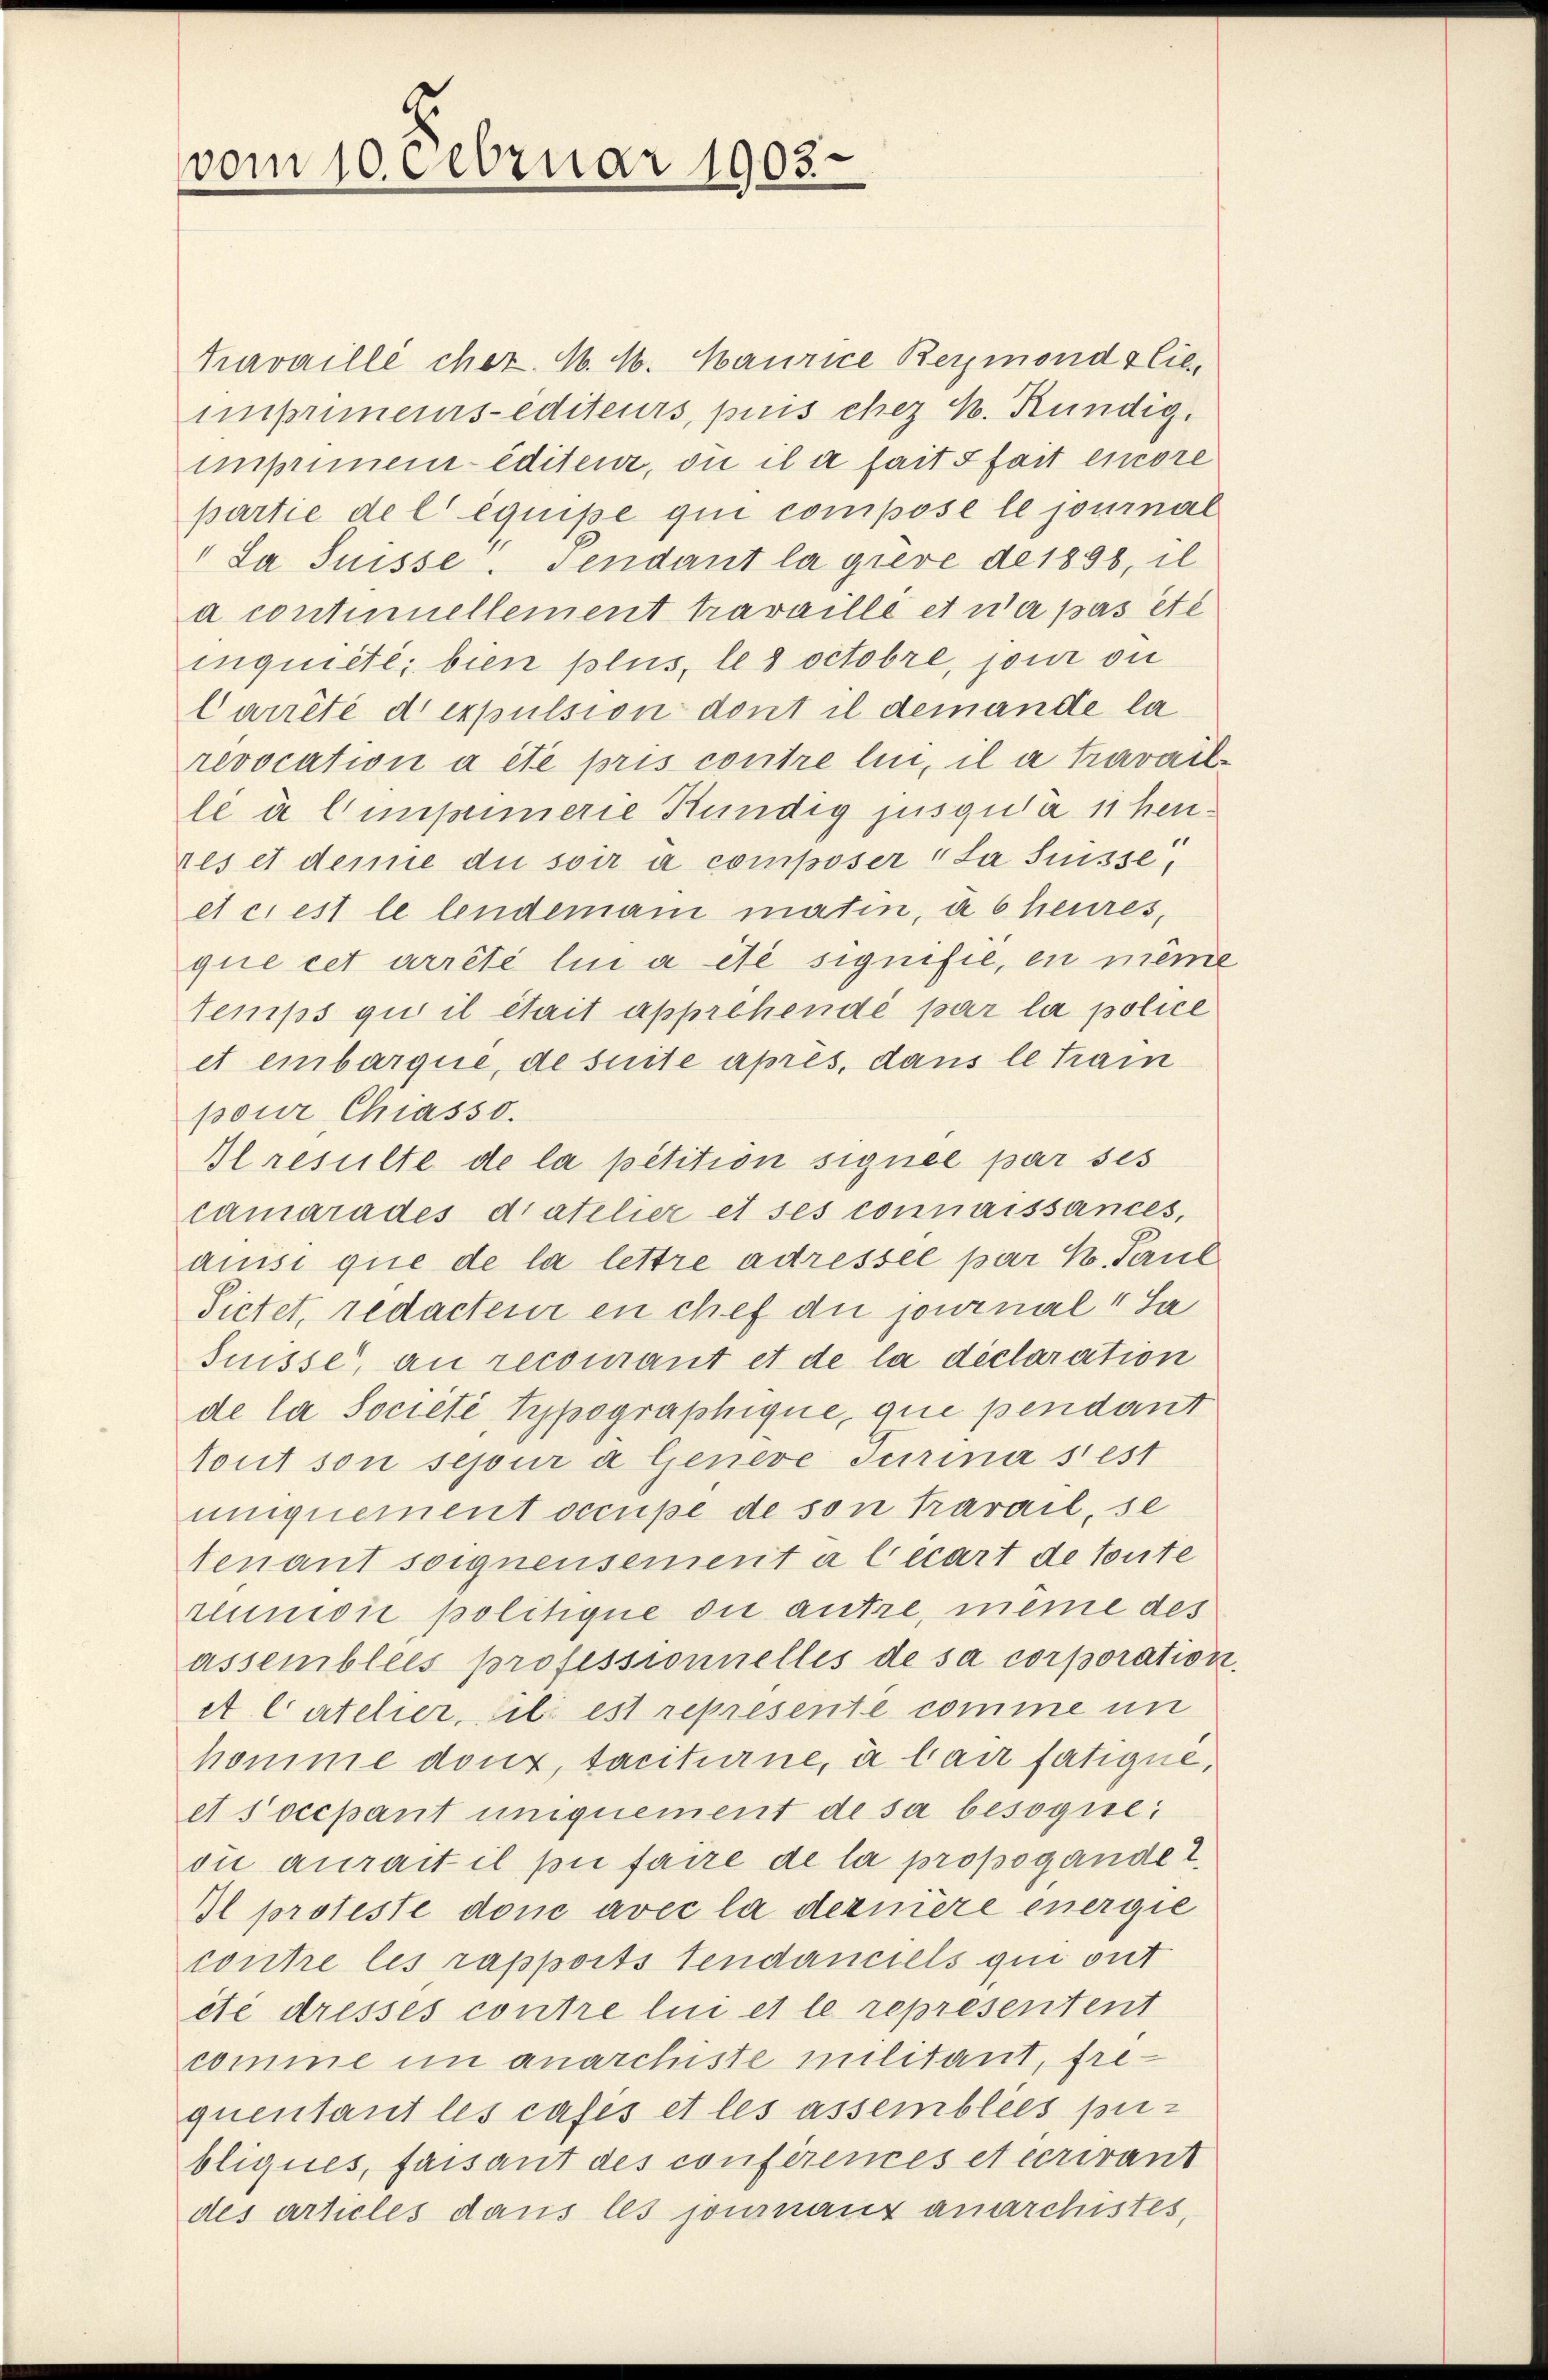
vom 10 Februar 1903.

Travaillé chez. 1. M. Maurice Beymondslieimpumens-editeurs, puis chez K. Kündig.
mpinnen editeur, ou il a fait fait encore
partie de l’équipe qui compose le journal
"La Suisse. Pendant la grevé de 1898, il
a contuellement travaillé et n’a pas été
inquieté; bien plus, les octobre, pour ou
Carrêté dexpulsion dont il demande la
revocation a été pris contre lui, il a travail-
le à l’imprimerie Kündig jusgula 11 henres et demie du soir à composer "La Suisse,
et cest le lendemani matin, à 6 heures,
que cet arrêté lin a été signifié, en mein
temps qui il était apprehendé par la police
et einbarque, de suite après, dans le train
pour Chiasso.
Iresulte de la petition signée par ses
camarades diatelier et ses connaissances,
anisi que de la lettre adressée par H. Paul
Sietet, redacteur en chef du journal 4 Sa
Suisse, an recourant et de la déclaration
de la Societé Typographique, que pendant
Tout son sepur a Genere Turina s’est
uniquement occupe de son Karail, se
tenant soignensement a lecart de toute
runioie politique die autre, même des
assemblées professionnelles de sa corporation
At Catelier, sili est representé comme in
homme douz, taciturne, à bair fatique,
et socepant uniquement de sa besogne
die aurait il pu faire de la propogandel.
Il proteste donc avec la dernière energie
contre les rapports tendanciels qui ont
ité dresses contre lui et le representent
comme in anarchiste militant, frequentant les casis et les assemblées pu-
bliques, faisant des conférences et ecrirant
des articles dans les journaux anarchistes,